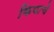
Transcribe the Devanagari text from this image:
कियाचे